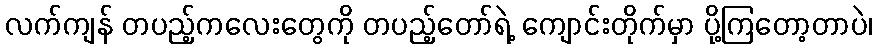
လက်ကျန် တပည့်ကလေးတွေကို တပည့်တော်ရဲ့ ကျောင်းတိုက်မှာ ပို့ကြတော့တာပဲ၊